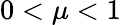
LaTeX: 0<\mu<1